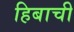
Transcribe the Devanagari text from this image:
हिबाची